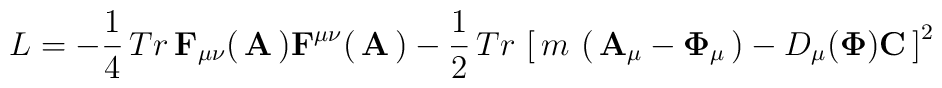
L= -{1\over 4}\,Tr\, {\bf F}_{\mu\nu}(\, {\bf A}\,) {\bf F}^{\mu\nu}(\, {\bf  A}\,)-{1\over 2}\,Tr\,\left[\, m \, \left(\,  {\bf A}_\mu - {\bf \Phi}_\mu  \, \right) -D_\mu({\bf \Phi}){\bf C}\,\right]^2